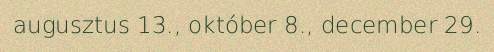
augusztus 13., október 8., december 29.